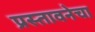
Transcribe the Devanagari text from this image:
प्रस्तावनेचा